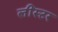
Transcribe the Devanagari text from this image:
लींस्टर